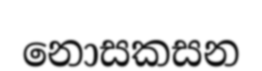
නොසකසන